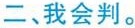
二、我会判。